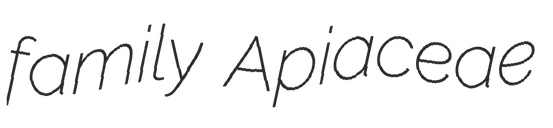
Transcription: family Apiaceae